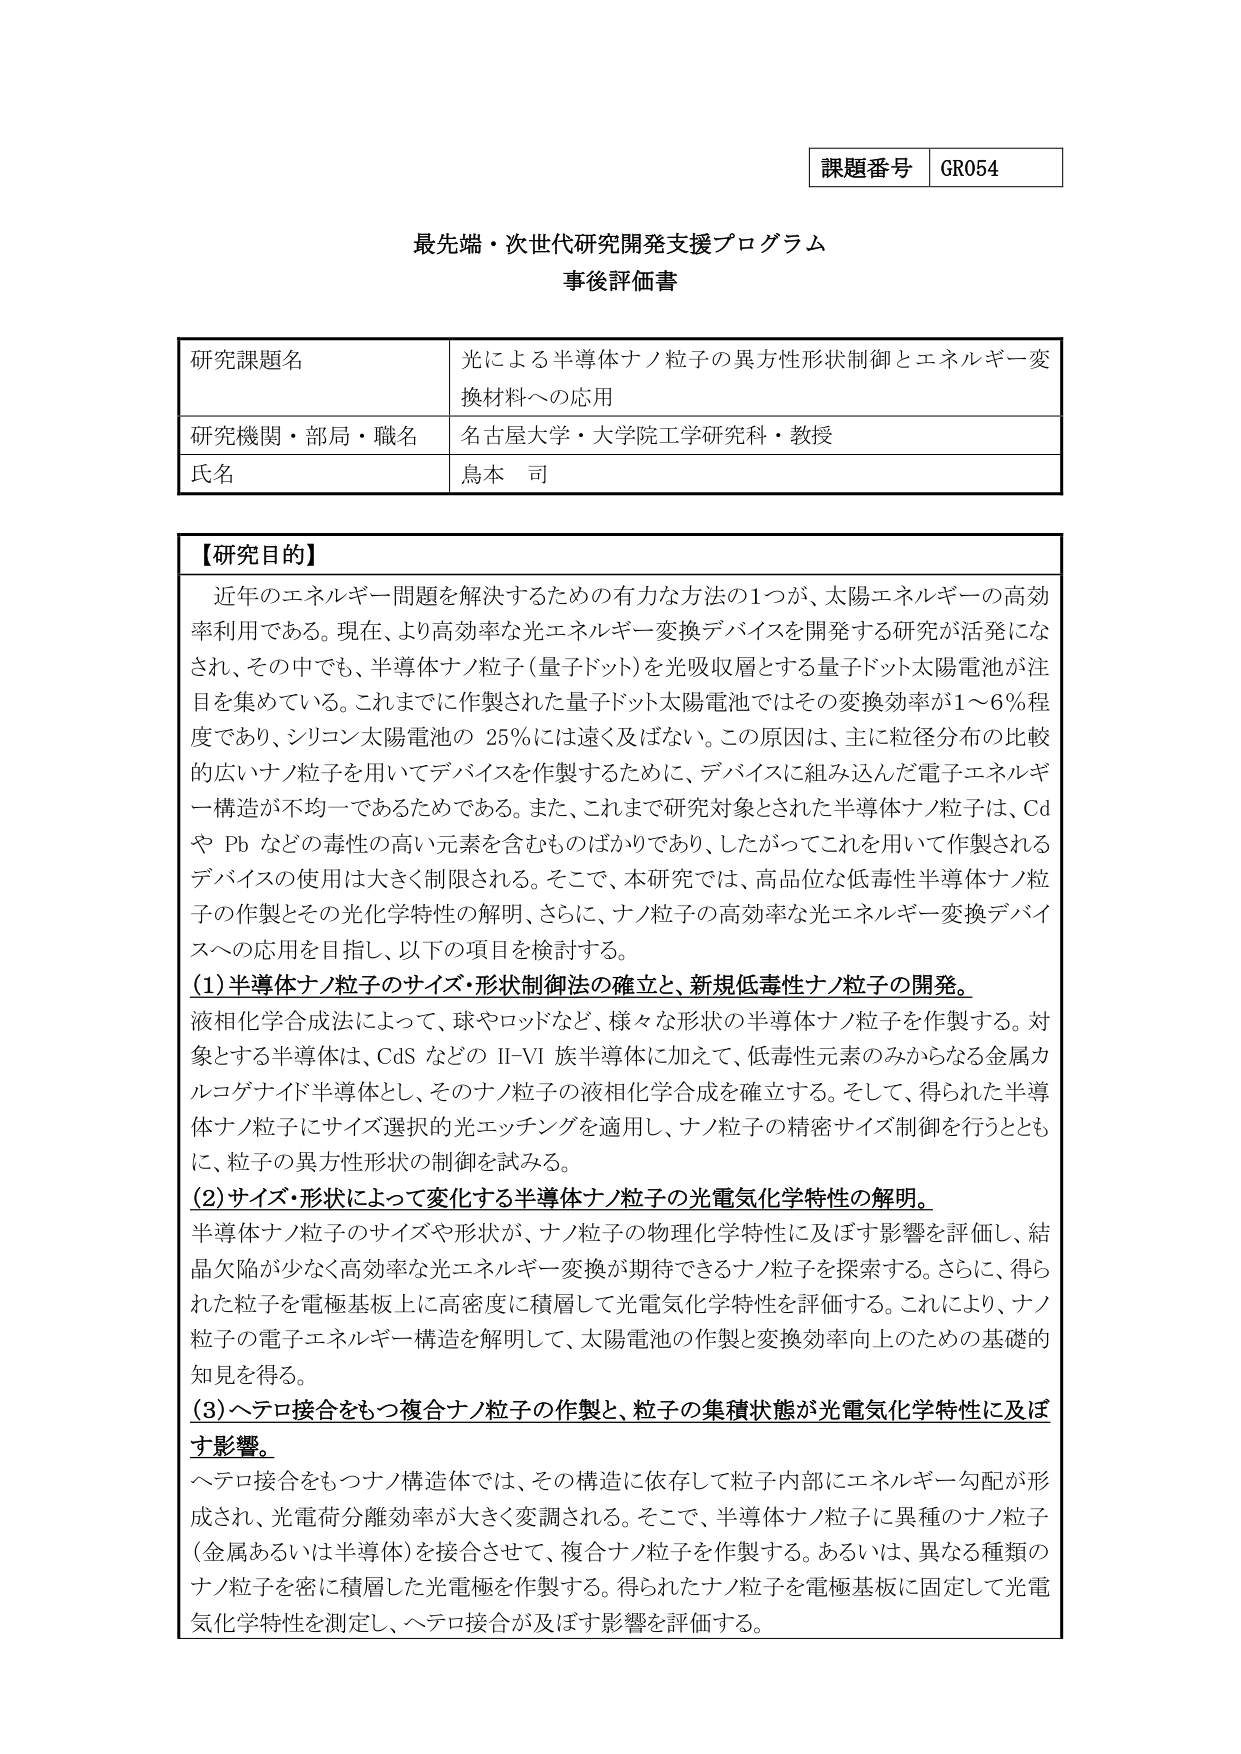
課題番号 GR054

最先端・次世代研究開発支援プログラム
事後評価書

研究課題名 光による半導体ナノ粒子の異方性形状制御とエネルギー変換材料への応用
研究機関・部局・職名 名古屋大学・大学院工学研究科・教授
氏名 鳥本 司

【研究目的】
近年のエネルギー問題を解決するための有力な方法の1つが、太陽エネルギーの高効率利用である。現在、より高効率な光エネルギー変換デバイスを開発する研究が活発になされ、その中でも、半導体ナノ粒子（量子ドット）を光吸収層とする量子ドット太陽電池が注目を集めている。これまでに作製された量子ドット太陽電池ではその変換効率が1～6％程度であり、シリコン太陽電池の25％には遠く及ばない。この原因は、主に粒径分布の比較的広いナノ粒子を用いてデバイスを作製するために、デバイスに組み込んだ電子エネルギー構造が不均一であるためである。また、これまで研究対象とされた半導体ナノ粒子は、CdやPbなどの毒性の高い元素を含むものばかりであり、したがってこれを用いて作製されるデバイスの使用は大きく制限される。そこで、本研究では、高品位な低毒性半導体ナノ粒子の作製とその光化学特性の解明、さらに、ナノ粒子の高効率な光エネルギー変換デバイスへの応用を目指し、以下の項目を検討する。

(1) 半導体ナノ粒子のサイズ・形状制御法の確立と、新規低毒性ナノ粒子の開発。
液相化学合成法によって、球やロッドなど、様々な形状の半導体ナノ粒子を作製する。対象とする半導体は、CdSなどのII-VI族半導体に加えて、低毒性元素のみからなる金属カルコゲナイド半導体とし、そのナノ粒子の液相化学合成を確立する。そして、得られた半導体ナノ粒子にサイズ選択的光エッチングを適用し、ナノ粒子の精密サイズ制御を行うとともに、粒子の異方性形状の制御を試みる。

(2) サイズ・形状によって変化する半導体ナノ粒子の光電気化学特性の解明。
半導体ナノ粒子のサイズや形状が、ナノ粒子の物理化学特性に及ぼす影響を評価し、結晶欠陥が少なく高効率な光エネルギー変換が期待できるナノ粒子を探索する。さらに、得られた粒子を電極基板上に高密度に積層して光電気化学特性を評価する。これにより、ナノ粒子の電子エネルギー構造を解明して、太陽電池の作製と変換効率向上のための基礎的知見を得る。

(3) ヘテロ接合をもつ複合ナノ粒子の作製と、粒子の集積状態が光電気化学特性に及ぼす影響。
ヘテロ接合をもつナノ構造体では、その構造に依存して粒子内部にエネルギー勾配が形成され、光電荷分離効率が大きく変調される。そこで、半導体ナノ粒子に異種のナノ粒子（金属あるいは半導体）を接合させて、複合ナノ粒子を作製する。あるいは、異なる種類のナノ粒子を密に積層した光電極を作製する。得られたナノ粒子を電極基板に固定して光電気化学特性を測定し、ヘテロ接合が及ぼす影響を評価する。